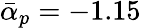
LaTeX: \bar{\alpha}_{p}=-1.15